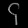
Digit: ၄